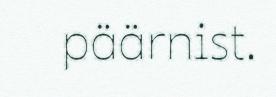
päärnist.